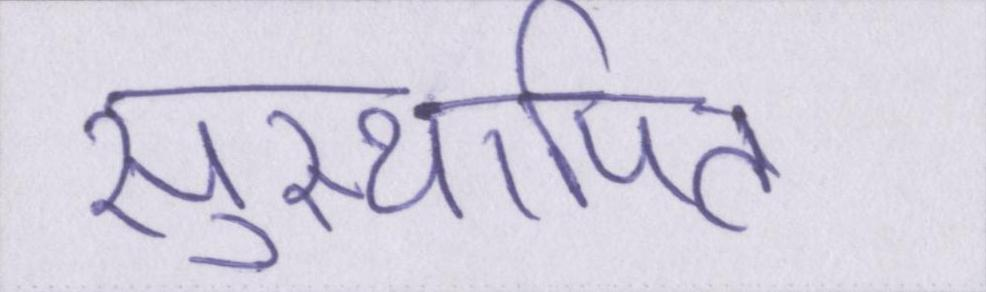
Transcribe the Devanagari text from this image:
सुस्थापित